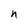
Character: n